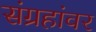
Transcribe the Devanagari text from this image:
संग्रहांवर